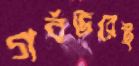
গর্বভরেই